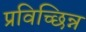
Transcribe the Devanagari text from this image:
प्रविच्छिन्न